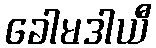
ခေါမဒါယီ